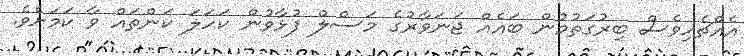
އެއްޗެހިވެސް ބިރުގަތުމުން ބައެއް ޖަނަވާރުގެ މަސްލް ފުޅާވުން ކަހަލަ ކަންތައް ވާ ކަމަށެވެ.